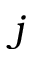
j